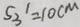
S _ { 3 } ^ { 1 } = 1 0 c m